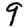
Digit: 9